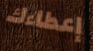
إعطاءك